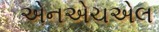
એનએચએલ